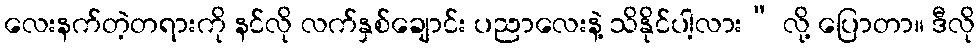
လေးနက်တဲ့တရားကို နင်လို လက်နှစ်ချောင်း ပညာလေးနဲ့ သိနိုင်ပါ့လား” လို့ ပြောတာ။ ဒီလို